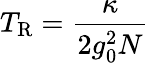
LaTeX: T_{\mathrm{R}}=\frac{\kappa}{2g_{0}^{2}N}